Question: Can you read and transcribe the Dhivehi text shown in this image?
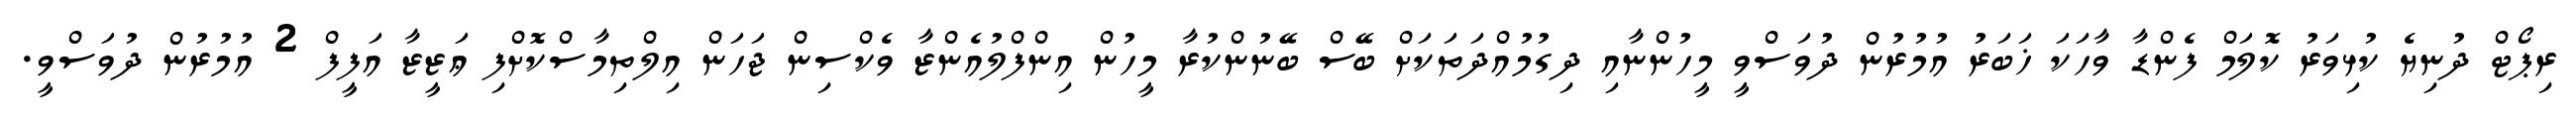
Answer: ރިޕޯޓް ދުނިޔެ ކުޅިވަރު ކޮލަމް ފެންޑާ ވާހަކަ ޚަބަރު އުމުރުން ދުވަސްވީ މީހުންނާއި ދިގުމުއްދަތަކަށް ބޭސް ބޭނުންކުރާ މީހުން އިންފްލުއެންޒާ ވެކްސިން ޖަހަން އިލްތިމާސްކޮށްފި ޢަޒީޒާ އަފީފް 2 އުމުރުން ދުވަސްވީ.